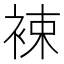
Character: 𧚏